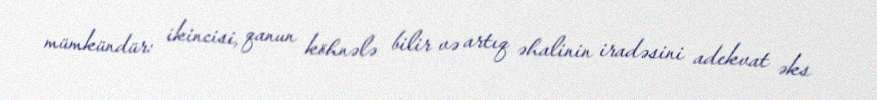
mümkündür: ikincisi, qanun köhnələ bilir və artıq əhalinin iradəsini adekvat əks